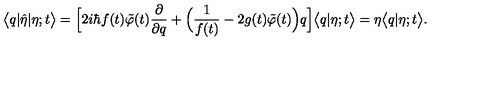
\bigl < q | \hat { \eta } | \eta ; t \bigr > = \Bigl [ 2 i \hbar f ( t ) \tilde { \varphi } ( t ) \frac { \partial } { \partial q } + \Bigl ( \frac { 1 } { f ( t ) } - 2 g ( t ) \tilde { \varphi } ( t ) \Bigr ) q \Bigr ] \bigl < q | \eta ; t \bigr > = \eta \bigl < q | \eta ; t \bigr > .